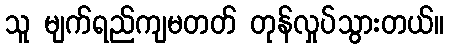
သူ မျက်ရည်ကျမတတ် တုန်လှုပ်သွားတယ်။